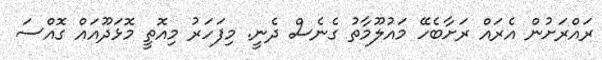
ރައްރަށުން އެރައް ރަށާބެހޭ މައުލޫމާތު ގެނެސް ދެނީ. މިފަހަރު މިއޮތީ މޮޅަދޫއައް ގޮއްސަ